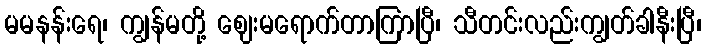
မမနန်းရေ၊ ကျွန်မတို့ ဈေးမရောက်တာကြာပြီ၊ သီတင်းလည်းကျွတ်ခါနီးပြီ၊